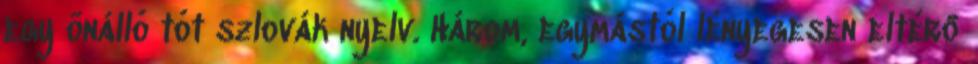
egy önálló tót szlovák nyelv. Három, egymástól lényegesen eltérő